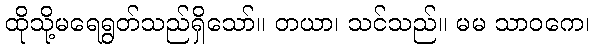
ထိုသို့မရေရွတ်သည်ရှိသော်။ တယာ၊ သင်သည်။ မမ သာဝကေ၊